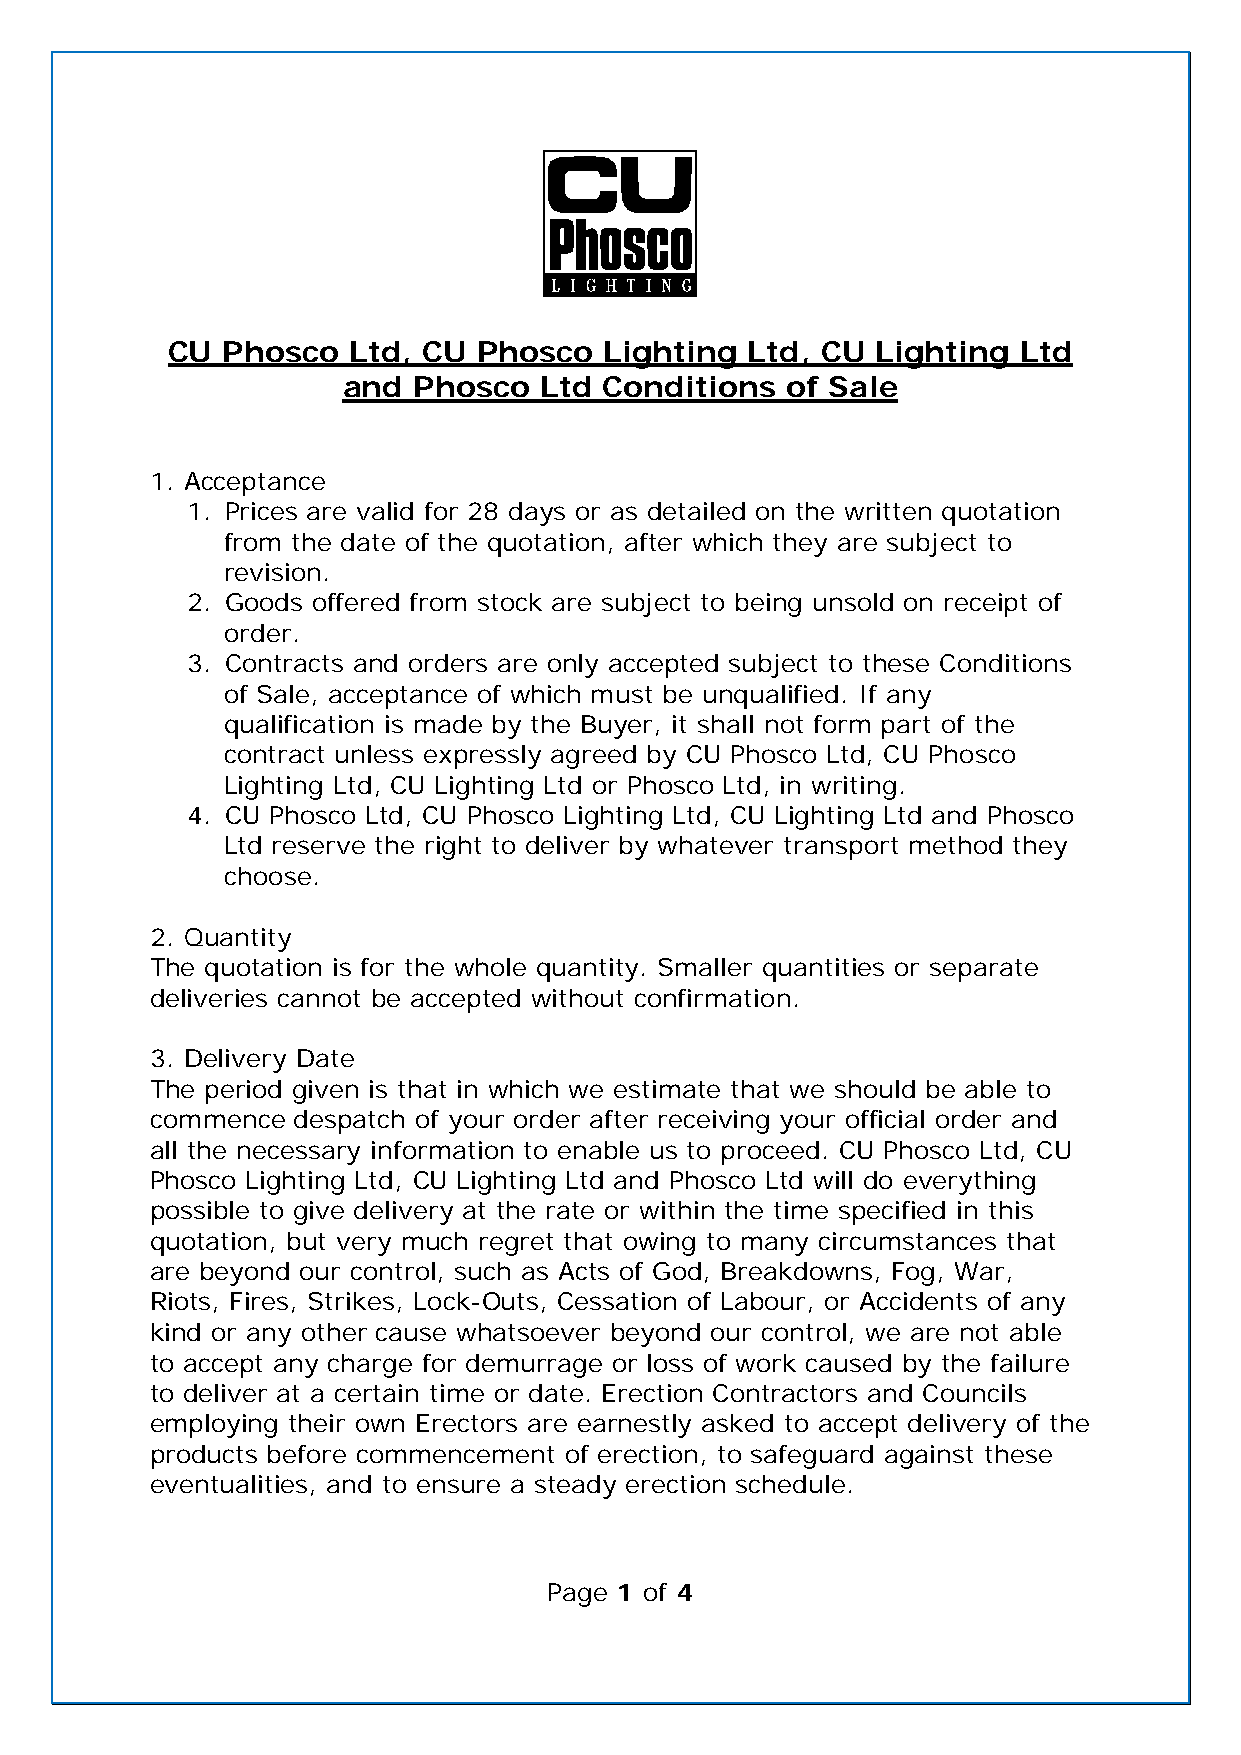
CU  Phosco  Ltd, CU  Phosco  Lighting  Ltd, CU Lighting  Ltd
 and Phosco   Ltd Conditions  of Sale
 1. Acceptance
 1. Prices are valid for 28 days or as detailed on the written quotation
 from the date of the quotation, after which they are subject to
 revision.
 2. Goods offered from stock are subject to being unsold on receipt of
 order.
 3. Contracts and orders are only accepted subject to these Conditions
 of Sale, acceptance of which must be unqualified. If any
 qualification is made by the Buyer, it shall not form part of the
 contract unless expressly agreed by CU Phosco Ltd, CU Phosco
 Lighting Ltd, CU Lighting Ltd or Phosco Ltd, in writing.
 4. CU Phosco Ltd, CU Phosco Lighting Ltd, CU Lighting Ltd and Phosco
 Ltd reserve the right to deliver by whatever transport method they
 choose.
 2. Quantity
 The quotation is for the whole quantity. Smaller quantities or separate
 deliveries cannot be accepted without confirmation.
 3. Delivery Date
 The period given is that in which we estimate that we should be able to
 commence despatch of your order after receiving your official order and
 all the necessary information to enable us to proceed. CU Phosco Ltd, CU
 Phosco Lighting Ltd, CU Lighting Ltd and Phosco Ltd will do everything
 possible to give delivery at the rate or within the time specified in this
 quotation, but very much regret that owing to many circumstances that
 are beyond our control, such as Acts of God, Breakdowns, Fog, War,
 Riots, Fires, Strikes, Lock-Outs, Cessation of Labour, or Accidents of any
 kind or any other cause whatsoever beyond our control, we are not able
 to accept any charge for demurrage or loss of work caused by the failure
 to deliver at a certain time or date. Erection Contractors and Councils
 employing their own Erectors are earnestly asked to accept delivery of the
 products before commencement of erection, to safeguard against these
 eventualities, and to ensure a steady erection schedule.
 Page 1 of 4